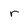
Character: r